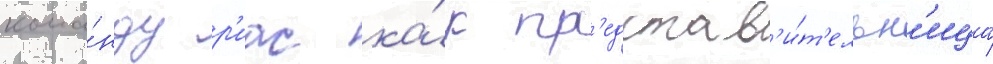
кома́нду р'иас ка́к пр'едстав'и́т'ельн'ица